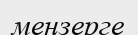
меңзерге